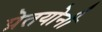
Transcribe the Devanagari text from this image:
प्रेतयोनी